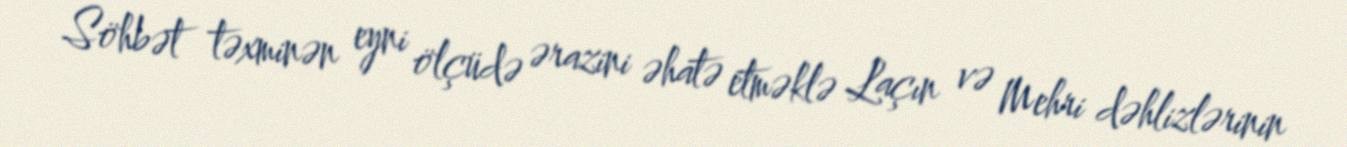
Söhbət təxminən eyni ölçüdə ərazini əhatə etməklə Laçın və Mehri dəhlizlərinin